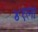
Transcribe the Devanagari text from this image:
४१ला